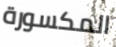
المكسورة